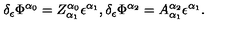
\delta _ { \epsilon } \Phi ^ { \alpha _ { 0 } } = Z _ { \alpha _ { 1 } } ^ { \alpha _ { 0 } } \epsilon ^ { \alpha _ { 1 } } , \delta _ { \epsilon } \Phi ^ { \alpha _ { 2 } } = A _ { \alpha _ { 1 } } ^ { \alpha _ { 2 } } \epsilon ^ { \alpha _ { 1 } } .